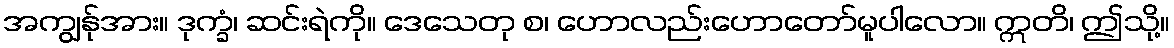
အကျွန်ုအား။ ဒုက္ခံ၊ ဆင်းရဲကို။ ဒေသေတု စ၊ ဟောလည်းဟောတော်မူပါလော။ ဣတိ၊ ဤသို့။